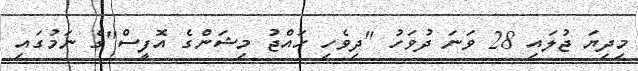
މިދިޔަ ޖުލައި 28 ވަނަ ދުވަހު "ދިވެހި ހައްޖު މިޝަންގެ އޮފީސް"ގެ ނަމުގައި